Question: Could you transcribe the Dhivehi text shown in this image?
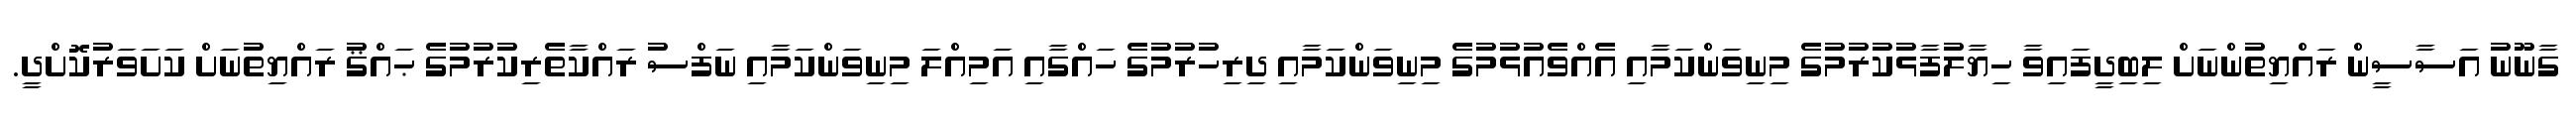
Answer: ގާނޫނު އަސާސީން ރައްޔިތުންނަށް ލިބިދީފައިވާ ހިޔާލުފާޅުކުރުމުގެ މިނިވަންކަމާއި އެއްވެއުޅުމުގެ މިނިވަންކަމާއި ދިރިހުރުމުގެ ހައްގާއި އަމިއްލަ މިނިވަންކަމާއި ނަފްސު ރައްކާތެރިކުރުމުގެ ޙައްޤު ރައްޔިތުނަށް ކަށަވަރުކޮށްދީ.